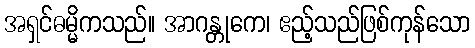
အရှင်ဓမ္မိကသည်။ အာဂန္တုကေ၊ ဧည့်သည်ဖြစ်ကုန်သော